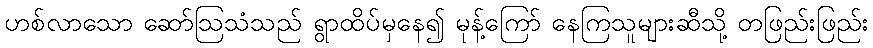
ဟစ်လာသော ဆော်ဩသံသည် ရွာထိပ်မှနေ၍ မုန့်ကြော် နေကြသူများဆီသို့ တဖြည်းဖြည်း